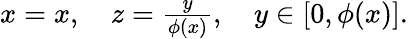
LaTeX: \begin{array}{r}{x=x,\quad z=\frac{y}{\phi(x)},\quad y\in[0,\phi(x)].}\end{array}